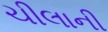
ચીલાની